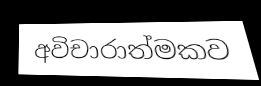
අවිචාරාත්මකව